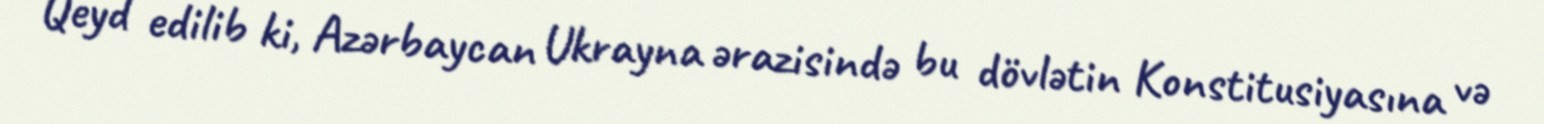
Qeyd edilib ki, Azərbaycan Ukrayna ərazisində bu dövlətin Konstitusiyasına və